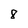
Character: 8